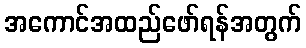
အကောင်အထည်ဖော်ရန်အတွက်